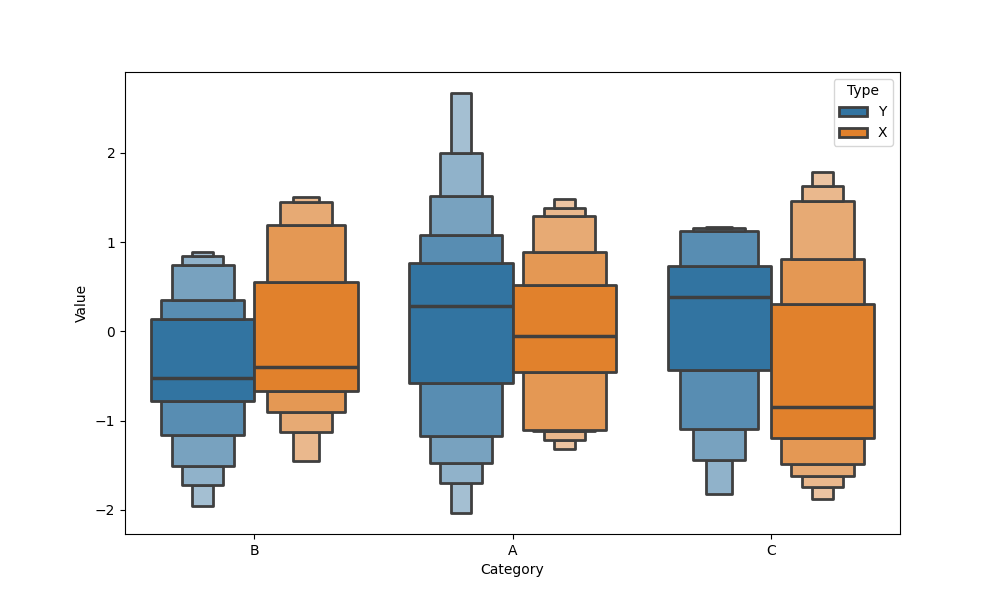
python, seaborn, boxenplot, k_depth='full', linewidth=2, scale='linear', outlier_prop=0.2, showfliers=False